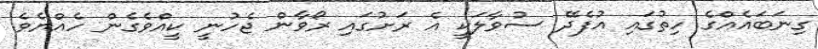
ގިނަބައެއްގެ ހިތުގައި އުފެދޭ ސުވާލަކީ އެ ރަށުގައި ރޯވާން ޖެހުނީ ކީއްވެގެން ހެއްޔެވެ.